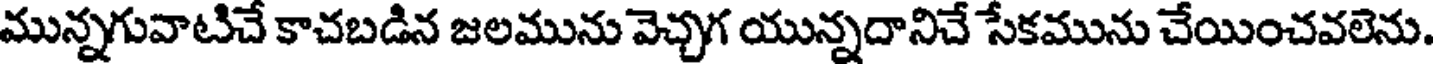
మున్నగువాటిచే కాచబడిన జలమును వెచ్చగ యున్నదానిచే సేకమును చేయించవలెను.